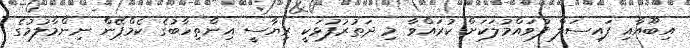
އިބޫއާއި ފައިސަލް ފުވައްމުލަަކަށް ކުރައްވާ މި ދަތުރުފުޅަކީ ރިޔާސީ އިންތިހާބުގެ ކެމްޕޭން ނިންމާލުމުގެ